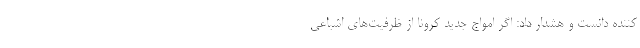
کننده دانست و هشدار داد: اگر امواج جدید کرونا از ظرفیت‌های اشباعی